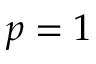
p = 1